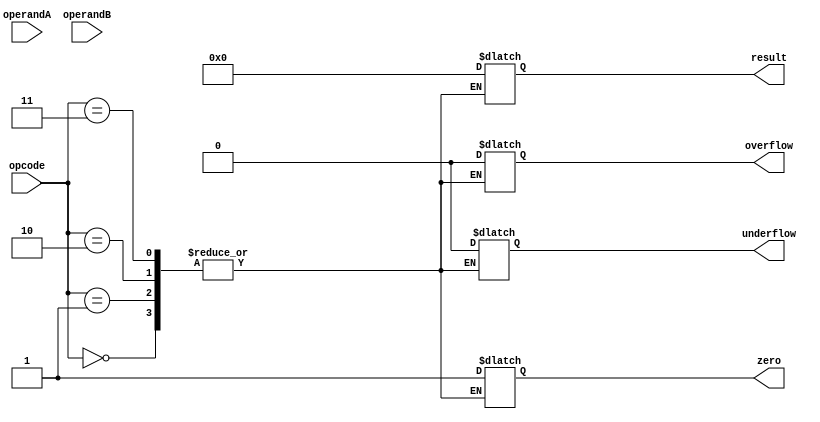
module FloatingPointALU (
    input wire [31:0] operandA,
    input wire [31:0] operandB,
    input wire [2:0] opcode,
    output reg [31:0] result,
    output reg zero,
    output reg overflow,
    output reg underflow
);

reg [30:0] mantissaA;
reg [7:0] exponentA;
reg signA;
reg [31:0] mantissaB;
reg [7:0] exponentB;
reg signB;

// Split operandA into mantissa, exponent, and sign
assign mantissaA = operandA[22:0];
assign exponentA = operandA[30:23];
assign signA = operandA[31];

// Split operandB into mantissa, exponent, and sign
assign mantissaB = operandB[22:0];
assign exponentB = operandB[30:23];
assign signB = operandB[31];

// Arithmetic operations based on opcode
always @(*) begin
    case(opcode)
        3'b000: begin // Addition
            // Perform addition operation
            // Update result, zero, overflow, and underflow flags
        end
        3'b001: begin // Subtraction
            // Perform subtraction operation
            // Update result, zero, overflow, and underflow flags
        end
        3'b010: begin // Multiplication
            // Perform multiplication operation
            // Update result, zero, overflow, and underflow flags
        end
        3'b011: begin // Division
            // Perform division operation
            // Update result, zero, overflow, and underflow flags
        end
        default: begin
            result = 32'b0;
            zero = 1'b1;
            overflow = 1'b0;
            underflow = 1'b0;
        end
    endcase
end

endmodule